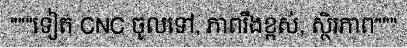
"""ទៀត CNC ចូលទៅ, ភាពរឹងខ្ពស់, ស្ថិរភាព"""